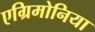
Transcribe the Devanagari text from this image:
एग्रिमोनिया